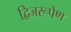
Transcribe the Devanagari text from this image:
द्विजरूपेण